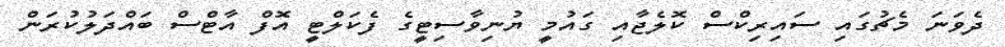
ދެވަނަ މެޗުގައި ސައިރިކްސް ކޮލެޖާއި ގައުމީ ޔުނިވާސިޓީގެ ފެކަލްޓީ އޮފް އާޓްސް ބައްދަލުކުރަން